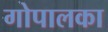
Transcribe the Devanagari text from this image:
गोपालका